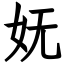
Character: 妩